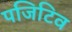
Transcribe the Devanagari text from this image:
पजिटिव